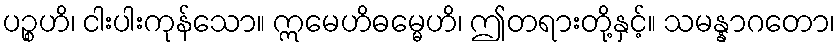
ပဉ္စဟိ၊ ငါးပါးကုန်သော။ ဣမေဟိဓမ္မေဟိ၊ ဤတရားတို့နှင့်။ သမန္နာဂတော၊